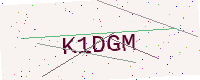
Text: K1DGM